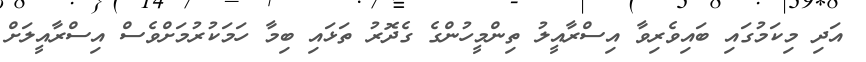
އަދި މިކަމުގައި ބައިވެރިވާ އިސްރާއީލު ތިންމީހުންގެ ގެދޮރު ތަޅައި ބިމާ ހަމަކުރުމަށްވެސް އިސްރާއީލަށް